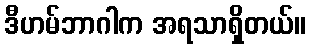
ဒီဟမ်ဘာဂါက အရသာရှိတယ်။